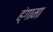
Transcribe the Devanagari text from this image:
ह्ंगामा